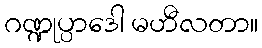
ဂဏ္ဍုပ္ပာဒေါ မဟီလတာ။